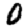
Digit: 0